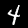
Digit: 4